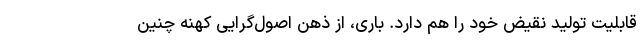
قابلیت تولید نقیض خود را هم دارد. باری، از ذهن اصول‌گرایی کهنه چنین